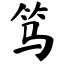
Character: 笃